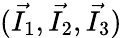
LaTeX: (\vec{I_{1}},\vec{I_{2}},\vec{I_{3}})